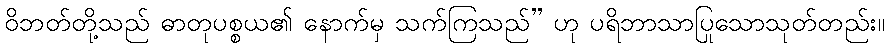
ဝိဘတ်တို့သည် ဓာတုပစ္စယ၏ နောက်မှ သက်ကြသည်” ဟု ပရိဘာသာပြုသောသုတ်တည်း။